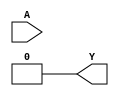
`timescale 1ns/1ps
`celldefine
//
// LUT2 simulation model
// 2-input lookup table (LUT)
//
// Copyright (c) 2023 Rapid Silicon, Inc.  All rights reserved.
//

module LUT2 #(
  parameter [3:0] INIT_VALUE = 4'h0 // 4-bit LUT logic value
) (
  input [1:0] A, // Data Input
  output Y // Data Output
);

  wire [ 1: 0] s1 = A[1] ? INIT_VALUE[ 3: 2] : INIT_VALUE[ 1: 0];
  assign Y = A[0] ? s1[1] : s1[0];


endmodule
`endcelldefine